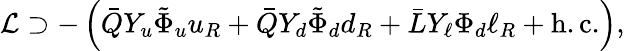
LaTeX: \mathcal{L}\supset-\left(\bar{Q}Y_{u}\tilde{\Phi}_{u}u_{R}+\bar{Q}Y_{d}\tilde{\Phi}_{d}d_{R}+\bar{L}Y_{\ell}\Phi_{d}\ell_{R}+\mathrm{h.c.}\right),